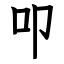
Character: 叩